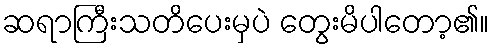
ဆရာကြီးသတိပေးမှပဲ တွေးမိပါတော့၏။